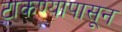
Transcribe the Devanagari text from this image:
टाकण्यापासून